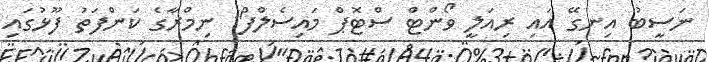
ނަސީބު އިނގޭ އައި ރިއަލީ ވޯންޓް ސްޓޮޕް މައިސެލްފް" ނިމްރާގެ ކަންފަތު ފޫޅުގައި